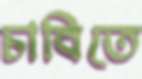
চাবিতে